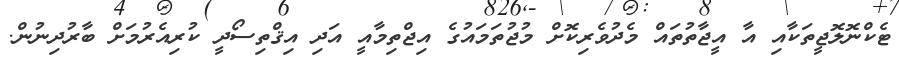
ޓެކްނޮލޮޖީތަކާއި އާ އީޖާތުތައް މެދުވެރިކޮށް މުޖުތަމައުގެ އިޖްތިމާއީ އަދި އިޤްތިސޯދީ ކުރިއެރުމަށް ބާރުދިނުން.